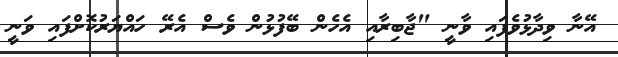
އޭނާ ވިދާޅުވެފައި ވާނީ "ޖާބިރާއި އެހެން ބޭފުޅުން ވެސް އެރޭ ހައްޔަރުކޮށްފައި ވަނީ